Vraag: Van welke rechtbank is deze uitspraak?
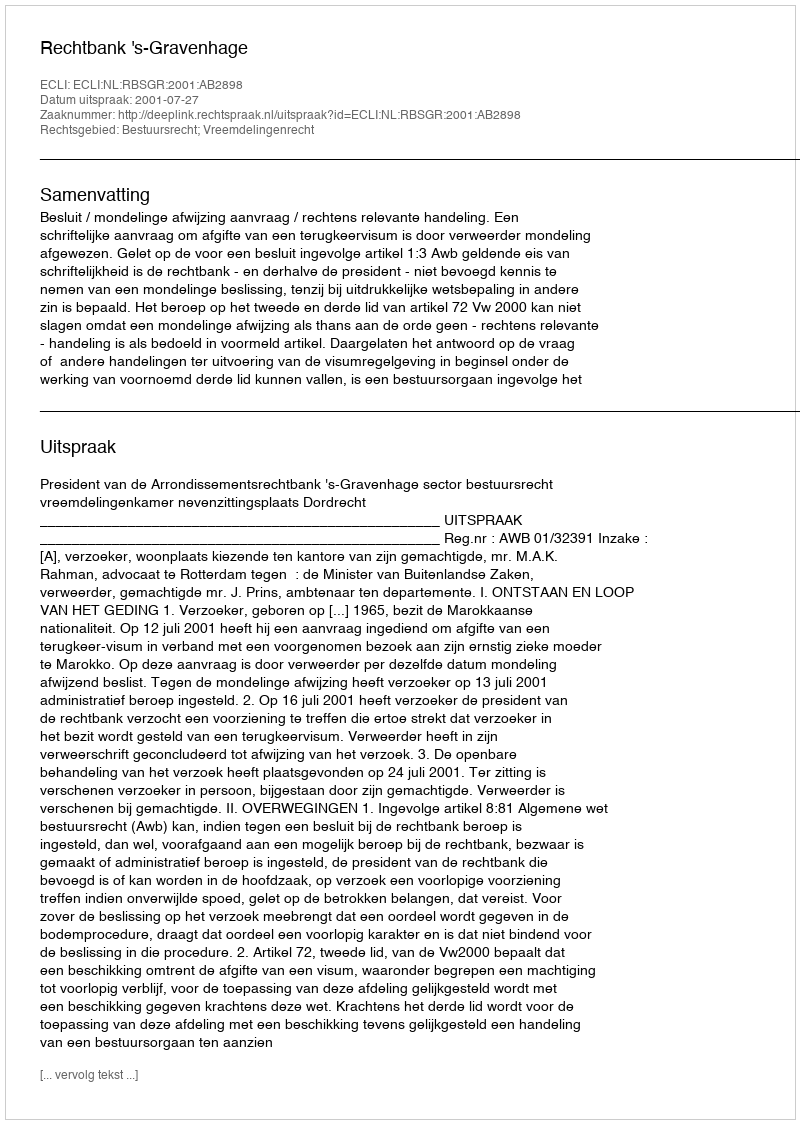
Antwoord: Rechtbank 's-Gravenhage